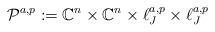
LaTeX: \begin{align*}\mathcal{P}^{a,p}:=\mathbb{C}^n\times\mathbb{C}^n\times\ell^{a,p}_J\times\ell^{a,p}_J\end{align*}